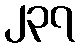
၂၃၇